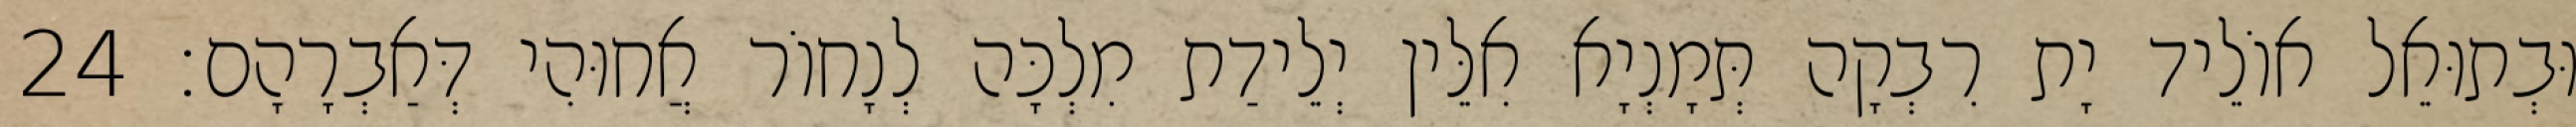
וּבְתוּאֵל אוֹלֵיד יָת רִבְקָה תְּמָנְיָא אִלֵּין יְלֵידַת מִלְכָּה לְנָחוֹר אֲחוּהִי דְּאַבְרָהָם׃ 24